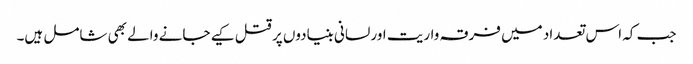
جب کہ اس تعداد میں فرقہ واریت اور لسانی بنیادوں پر قتل کیے جانے والے بھی شامل ہیں۔